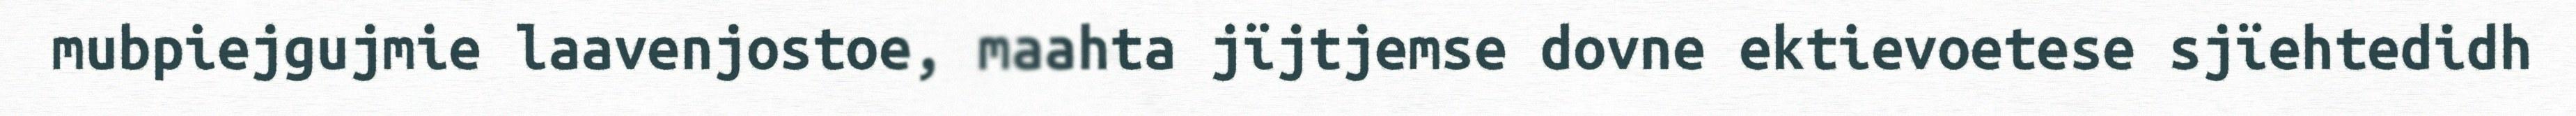
mubpiejgujmie laavenjostoe, maahta jïjtjemse dovne ektievoetese sjïehtedidh